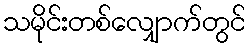
သမိုင်းတစ်လျှောက်တွင်